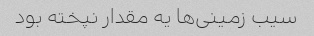
سیب زمینی‌ها یه مقدار نپخته بود